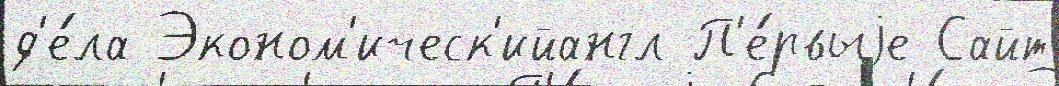
д'е́ла Эконом'ическ'ийангл П'е́рвыjе Сайт